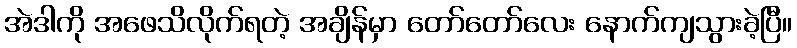
အဲဒါကို အဖေသိလိုက်ရတဲ့ အချိန်မှာ တော်တော်လေး နောက်ကျသွားခဲ့ပြီ။